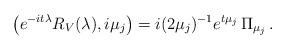
LaTeX: \begin{align*}\bigl(e^{-it\lambda}R_V(\lambda),i\mu_j\bigr)=i(2\mu_j)^{-1}e^{t\mu_j}\,\Pi_{\mu_j}\,.\end{align*}